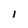
Character: l